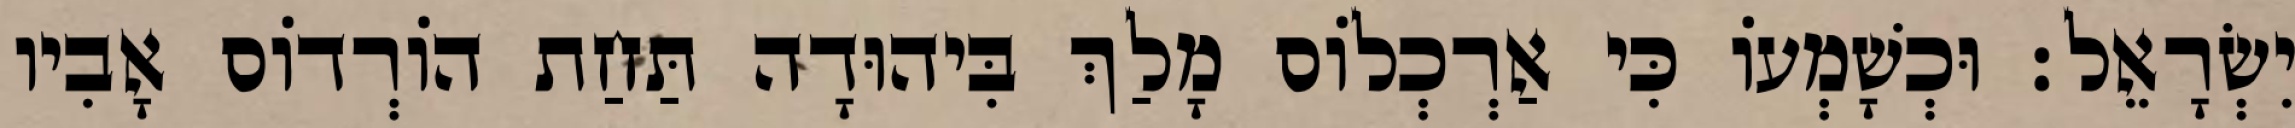
יִשְׂרָאֵל׃ וּכְשָׁמְעוֹ כִּי אַרְכְלוֹס מָלַךְ בִּיהוּדָה תַּחַת הוֹרְדוֹס אָבִיו